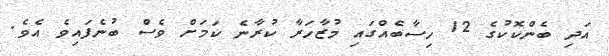
އަދި ބެންކޮކުގެ 12 ހިސާބެއްގައި މުޒާހަރާ ކުރާނެ ކަމަށް ވެސް ބުނެފައިވެ އެވެ.